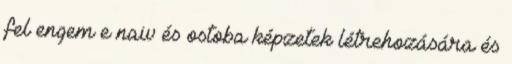
fel engem e naiv és ostoba képzetek létrehozására és